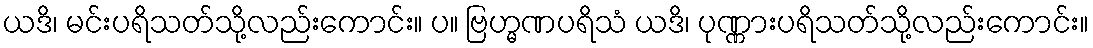
ယဒိ၊ မင်းပရိသတ်သို့လည်းကောင်း။ ပ။ ဗြဟ္မဏပရိသံ ယဒိ၊ ပုဏ္ဏားပရိသတ်သို့လည်းကောင်း။